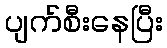
ပျက်စီးနေပြီး